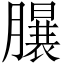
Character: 𣎦